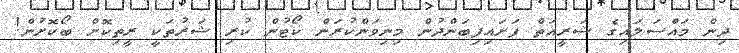
ދިން މައްސަލައިގެ ޝަރީއަތް ފަށައިފިބަންދުން މިނިވަންކުރަން ކޯޓުން ކުރި ޝަރުތަކީ ރީތިކޮށް ބޯކޮށުން!